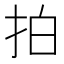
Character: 拍